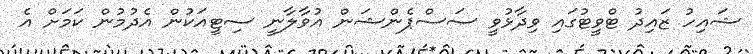
ޝައިހު ޒައިދު ޓްވީޓުގައި ވިދާޅުވީ ސަސްޕެންޝަން އުވާލާނީ ސިޓީއަކުން އެދުމުން ކަމަށް އެ